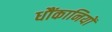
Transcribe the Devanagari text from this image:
धौंकानियों